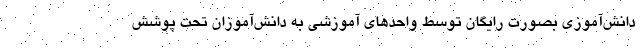
دانش‌آموزی بصورت رایگان توسط واحدهای آموزشی به دانش‌آموزان تحت پوشش